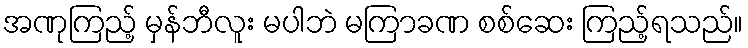
အဏုကြည့် မှန်ဘီလူး မပါဘဲ မကြာခဏ စစ်ဆေး ကြည့်ရသည်။